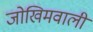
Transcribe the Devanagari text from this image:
जोखिमवाली